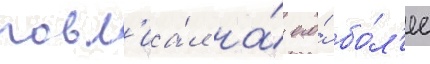
повл'иа́л на́ его́ бо́л'ее